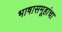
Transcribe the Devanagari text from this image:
भाषासमूहांचा